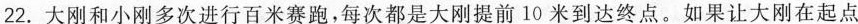
22.大刚和小刚多次进行百米赛跑，每次都是大刚提前10米到达终点。如果让大刚在起点